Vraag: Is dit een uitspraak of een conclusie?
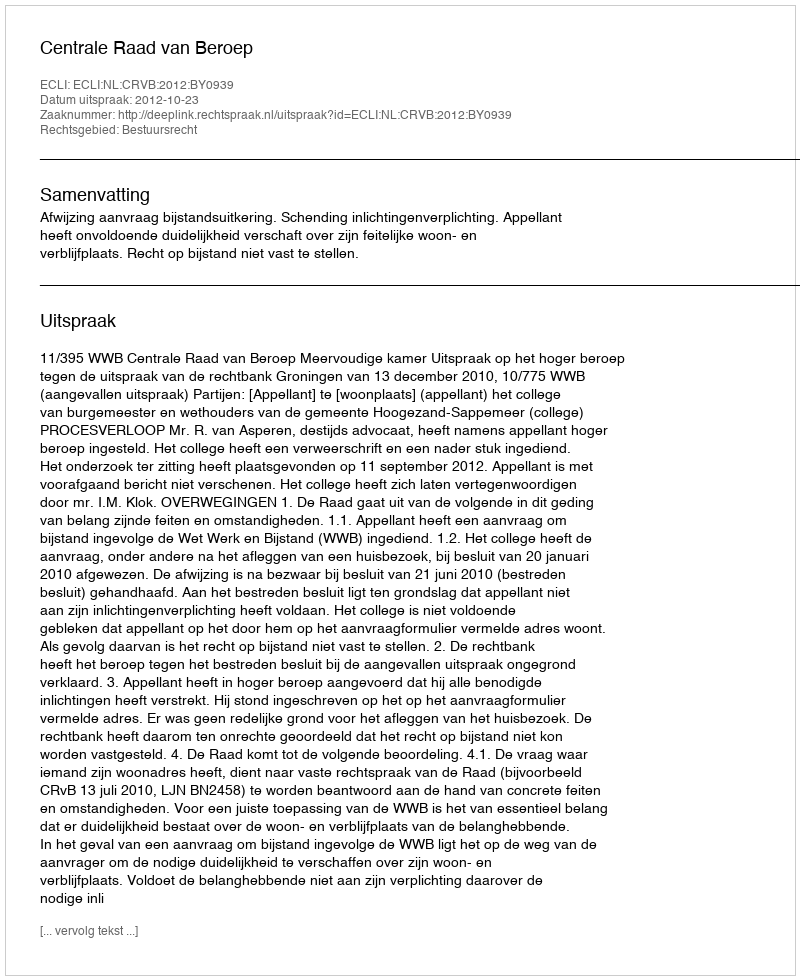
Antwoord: Uitspraak